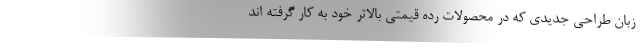
زبان طراحی جدیدی که در محصولات رده قیمتی بالاتر خود به کار گرفته اند